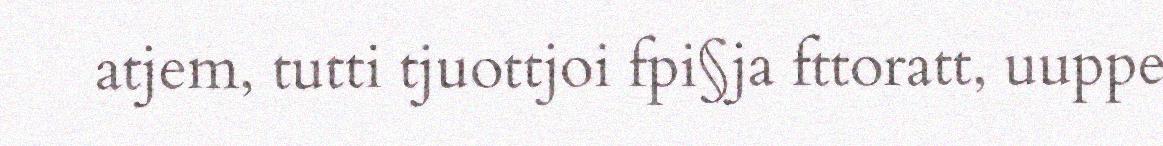
atjem, tutti tjuottjoi fpi§ja fttoratt, uuppe